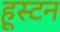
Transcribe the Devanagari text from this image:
हूस्टन